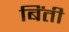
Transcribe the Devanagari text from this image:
बिंती